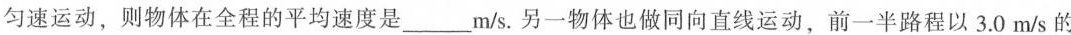
匀速运动，则物体在全程的平均速度是___m/s。另一物体也做同向直线运动，前一半路程以3.0m/s的